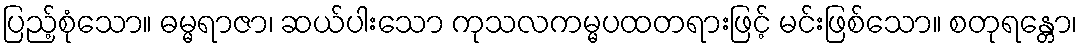
ပြည့်စုံသော။ ဓမ္မရာဇာ၊ ဆယ်ပါးသော ကုသလကမ္မပထတရားဖြင့် မင်းဖြစ်သော။ စတုရန္တော၊